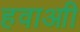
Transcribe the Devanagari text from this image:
हवाआी